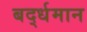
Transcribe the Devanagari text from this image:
बर्द्धमान